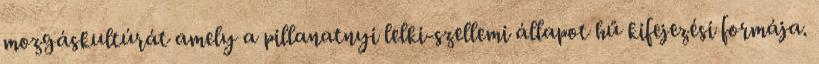
mozgáskultúrát amely a pillanatnyi lelki-szellemi állapot hű kifejezési formája.